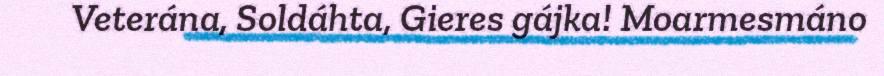
Veterána, Soldáhta, Gieres gájka! Moarmesmáno